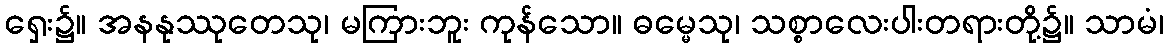
ရှေး၌။ အနနုဿုတေသု၊ မကြားဘူး ကုန်သော။ ဓမ္မေသု၊ သစ္စာလေးပါးတရားတို့၌။ သာမံ၊